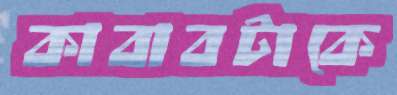
কাবাবটাকে